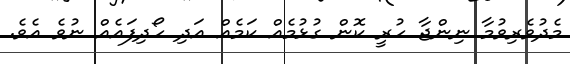
މެދުވެރިވުމާ ނިންޖާ ހުރީ ކޮން ގުޅުމެއް ކަމެއް އަދި ހޯދިފައެއް ނުވެ އެވެ.